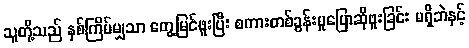
သူတို့သည် နှစ်ကြိမ်မျှသာ တွေ့မြင်ဖူးပြီး စကားတစ်ခွန်းမှုပြောဆိုဖူးခြင်း မရှိဘဲနှင့်